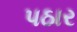
પઠાર